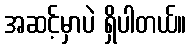
အဆင့်မှာပဲ ရှိပါတယ်။